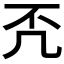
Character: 𠘶